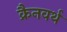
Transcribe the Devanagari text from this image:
क्रैनवर्थ